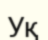
Уқ